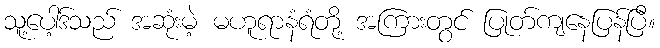
သူ့ပေါ့ဒ်သည် အဆုံးမဲ့ မဟူရာနံရံတို့ အကြားတွင် ပြုတ်ကျနေပြန်ပြီ။